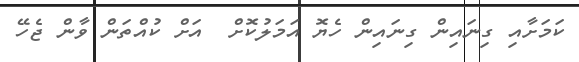
ކަމަށާއި ގިނައިން ގިނައިން ހެޔޮ އަމަލުކޮށް  އަށް ކުއްތަން ވާން ޖެހޭ